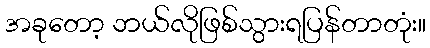
အခုတော့ ဘယ်လိုဖြစ်သွားရပြန်တာတုံး။